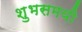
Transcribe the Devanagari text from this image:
शुभसमयी